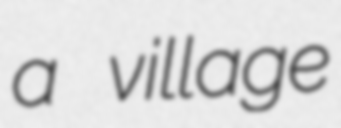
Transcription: a village